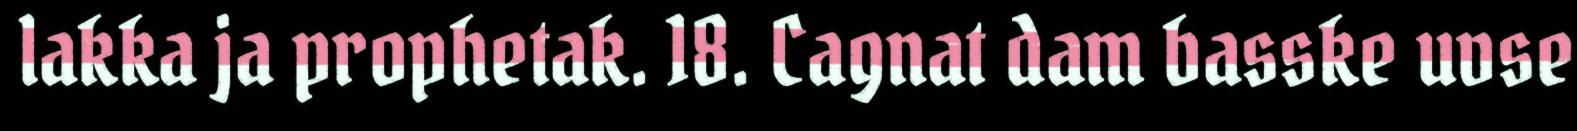
lakka ja prophetak. 18. Cagnat dam basske uvse